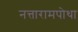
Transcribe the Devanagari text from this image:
नत्तारामपोथा